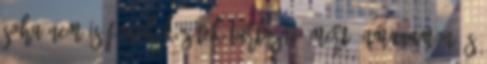
soha nem is fogok közétek tartozni, mert önmagamon és